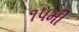
૧૫મી